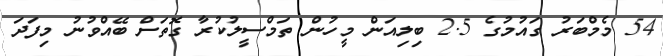
54 މެމްބަރު ގައުމުގެ 2.5 ބިލިއަން މީހުން ތަމްސީލުކުރާ ގޮތަށް ބޭއްވުނު މިފަދަ